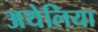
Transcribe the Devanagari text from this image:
अथेलिया